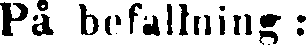
På befallning: